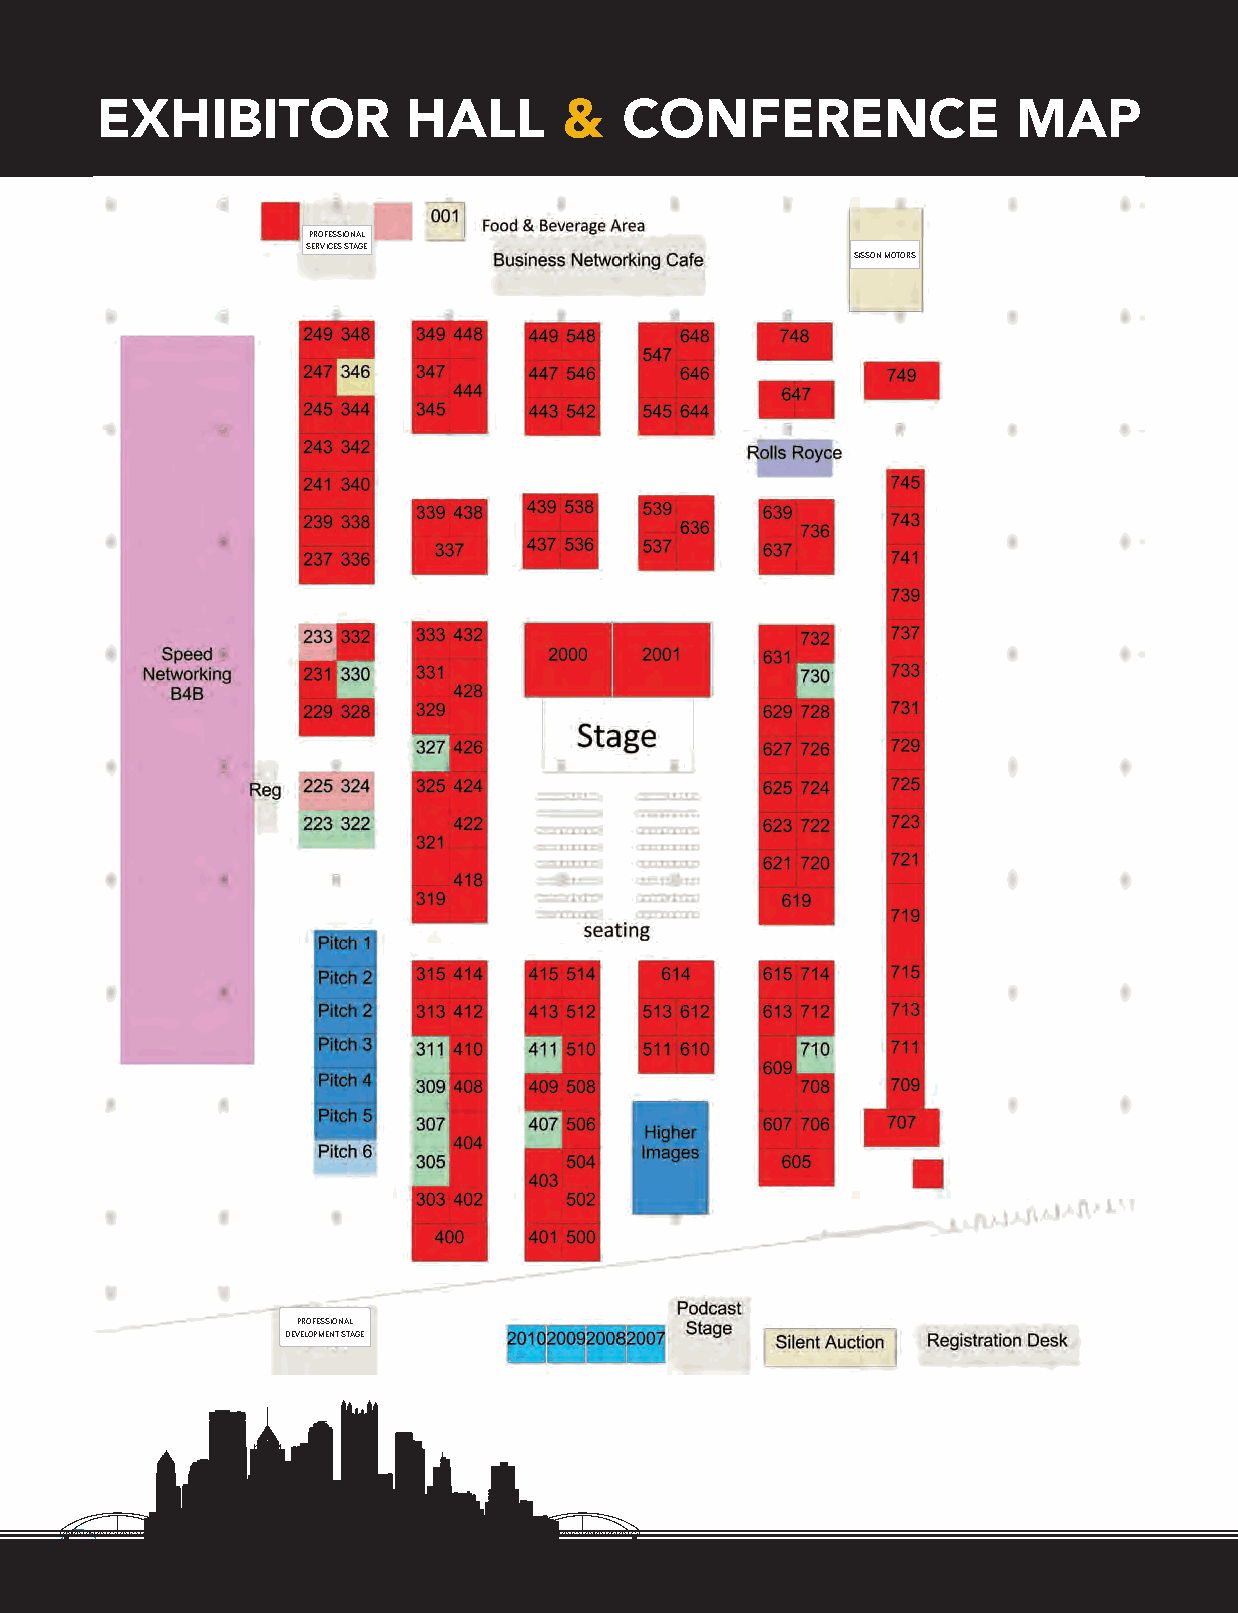
EXHIBITOR            HALL      &   CONFERENCE                MAP
 PROFESSIONAL
 SERVICES STAGE
 SISSON MOTORS
 PROFESSIONAL
 DEVELOPMENT STAGE
 8